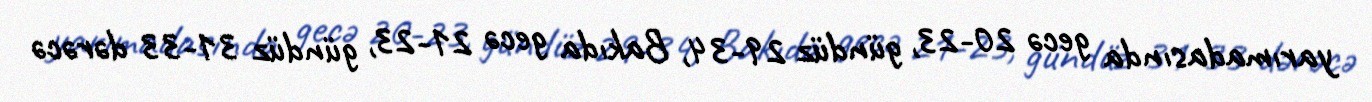
yarımadasında gecə 20-23, gündüz 29-34, Bakıda gecə 21-23, gündüz 31-33 dərəcə